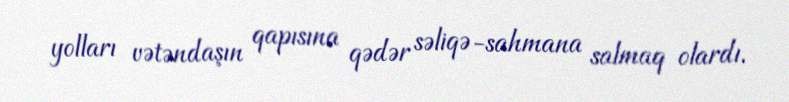
yolları vətəndaşın qapısına qədər səliqə-sahmana salmaq olardı.